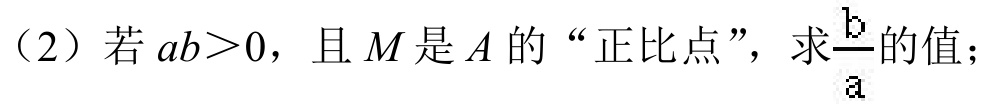
（2）若\(ab>0\)，且\(M\)是\(A\)的“正比点”，求\(\frac{b}{a}\)的值；